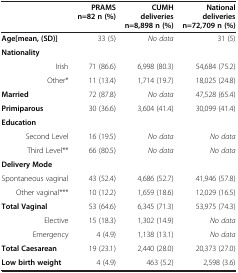
<table><thead><tr><td><b> </b></td><td><b>PRAMS n=82 n (%)</b></td><td><b>CUMH deliveries n=8,898 n (%)</b></td><td><b>National deliveries n=72,709 n (%)</b></td></tr></thead><tbody><tr><td><b>Age[mean, (SD)]</b></td><td rowspan="2">33 (5)</td><td rowspan="2"><i>No data</i></td><td rowspan="2">31 (5)</td></tr><tr><td><b>Nationality</b></td></tr><tr><td>Irish</td><td>71 (86.6)</td><td>6,998 (80.3)</td><td>54,684 (75.2)</td></tr><tr><td>Other*</td><td>11 (13.4)</td><td>1,714 (19.7)</td><td>18,025 (24.8)</td></tr><tr><td><b>Married</b></td><td>72 (87.8)</td><td><i>No data</i></td><td>47,528 (65.4)</td></tr><tr><td><b>Primiparous</b></td><td>30 (36.6)</td><td>3,604 (41.4)</td><td>30,099 (41.4)</td></tr><tr><td><b>Education</b></td><td> </td><td> </td><td> </td></tr><tr><td>Second Level</td><td>16 (19.5)</td><td><i>No data</i></td><td><i>No data</i></td></tr><tr><td>Third Level**</td><td>66 (80.5)</td><td><i>No data</i></td><td><i>No data</i></td></tr><tr><td><b>Delivery Mode</b></td><td> </td><td> </td><td> </td></tr><tr><td>Spontaneous vaginal</td><td>43 (52.4)</td><td>4,686 (52.7)</td><td>41,946 (57.8)</td></tr><tr><td>Other vaginal***</td><td>10 (12.2)</td><td>1,659 (18.6)</td><td>12,029 (16.5)</td></tr><tr><td><b>Total Vaginal</b></td><td>53 (64.6)</td><td>6,345 (71.3)</td><td>53,975 (74.3)</td></tr><tr><td>Elective</td><td>15 (18.3)</td><td>1,302 (14.9)</td><td><i>No data</i></td></tr><tr><td>Emergency</td><td>4 (4.9)</td><td>1,138 (13.1)</td><td><i>No data</i></td></tr><tr><td><b>Total Caesarean</b></td><td>19 (23.1)</td><td>2,440 (28.0)</td><td>20,373 (27.0)</td></tr><tr><td><b>Low birth weight</b></td><td>4 (4.9)</td><td>463 (5.2)</td><td>2,598 (3.6)</td></tr></tbody></table>